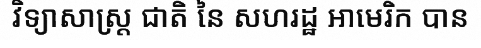
វិទ្យាសាស្ត្រ ជាតិ នៃ សហរដ្ឋ អាមេរិក បាន